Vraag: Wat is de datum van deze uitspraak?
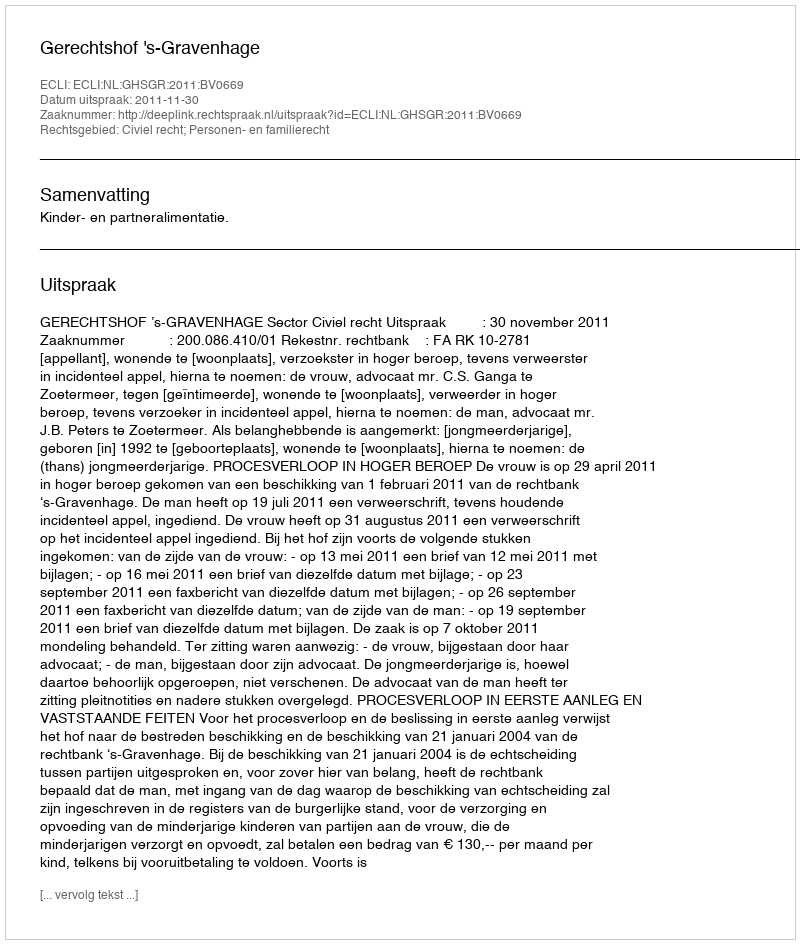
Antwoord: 2011-11-30